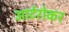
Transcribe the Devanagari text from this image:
आर्टरोकर